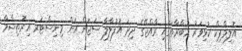
އޮލިމްޕިކް ކުޅިވަރު މުބާރާތުގައި ރާއްޖޭގެ ދިދަ އުފުލާލާ ސަޖަން އަށް މިނިސްޓަރ އިރުތިޝާމް